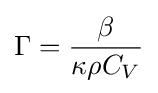
\Gamma ={\frac {\beta }{\kappa \rho C_{V}}}